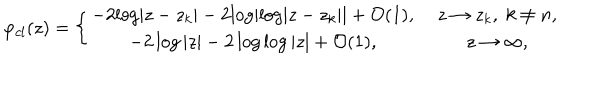
LaTeX: \varphi _ { c l } ( z ) = \left\{ \begin{array} { c c } { { - 2 { \log } | z - z _ { k } | - 2 { \log } | { \log } | z - z _ { k } | | + { \cal O } ( 1 ) , \; } } & { { z \to z _ { k } , \; k \ne n , } } \\ { { - 2 \log | z | - 2 \log \log | z | + { \cal O } ( 1 ) , \; } } & { { z \to \infty , } } \\ \end{array} \right.